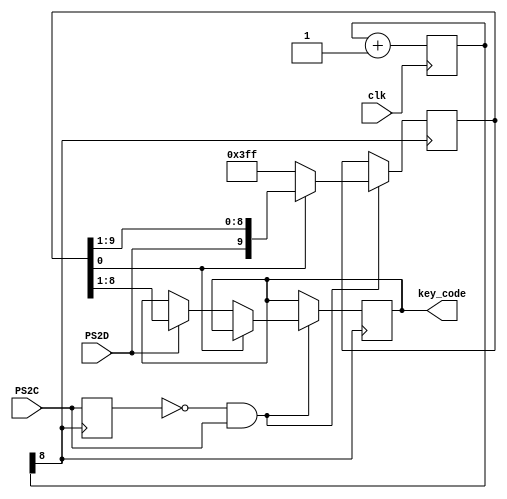
/*PS2PS2PS2
PS2
10+8+1+11
PS2
*/

module Basys2_Keyboard(
     input wire clk,
	 input wire PS2C,
	 input wire PS2D,
	 output reg [7:0] key_code
    );
	 reg [8:0] cntdiv;
	 wire ck1;
	 reg [9:0] s_buf;
	 reg PS2C_old;
	 
	 always@(posedge clk)
	    begin
		    cntdiv<=cntdiv+1;
		 end
	 
	 assign ck1=cntdiv[8];
	 
	 always@(posedge ck1)  
	 begin
	   PS2C_old<=PS2C;
		if((PS2C_old==1'b0)&&(PS2C==1'b1))
		  begin
		    if(s_buf[0]==1'b0)
			   begin
				  if(PS2D==1'b1)
				  begin
				    key_code<=s_buf[8:1];
					 s_buf<=10'b1111111111;
				  end
              else
              begin
                s_buf<=10'b1111111111;
              end
              end
          else
			   begin
				  s_buf<={PS2D,s_buf[9:1]};
				end
        end
    end

endmodule